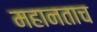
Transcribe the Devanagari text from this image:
महानताच